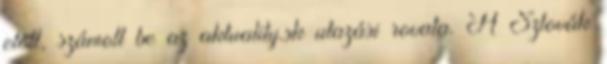
előtt, számolt be az aktuality.sk utazási rovata. A Szlovák